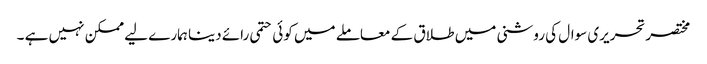
مختصرتحریری سوال کی روشنی میں طلاق کے معاملے میں کوئی حتمی رائے دینا ہمارے لیے ممکن نہیں ہے ۔